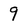
Character: 9